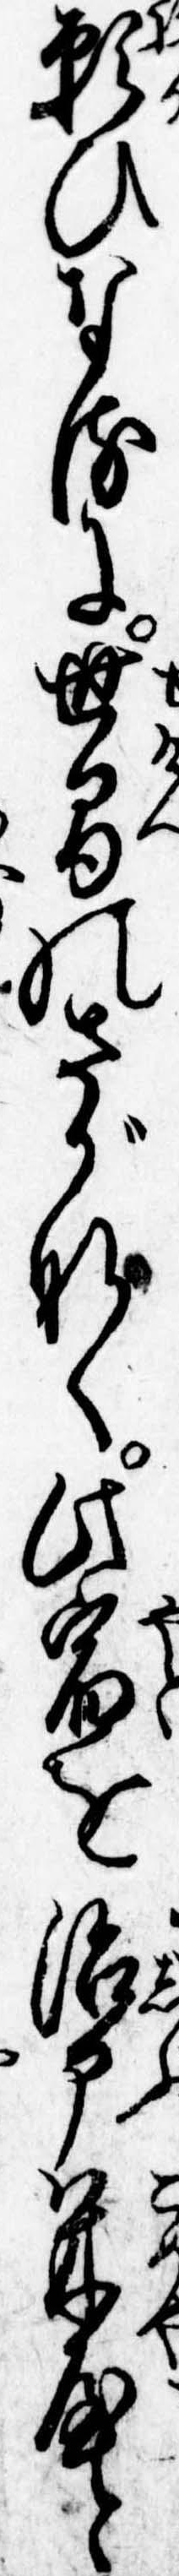
願ひなるに世間のさがなく此宿を治部米屋と